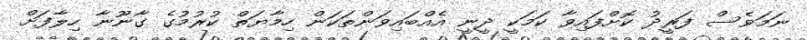
ނަމަވެސް ފަރީދު ކޮށްފައިވާ ކަމަކީ ދީނީ އެއްބައިވަންތަކަން ހިމާޔަތް ކުރުމުގެ ގާނޫނާ ހިލާފަށް